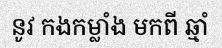
នូវ កងកម្លាំង មកពី ឆ្មាំ